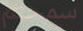
سمحتم